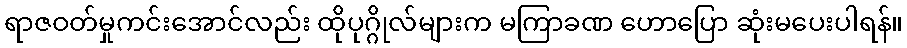
ရာဇဝတ်မှုကင်းအောင်လည်း ထိုပုဂ္ဂိုလ်များက မကြာခဏ ဟောပြော ဆုံးမပေးပါရန်။